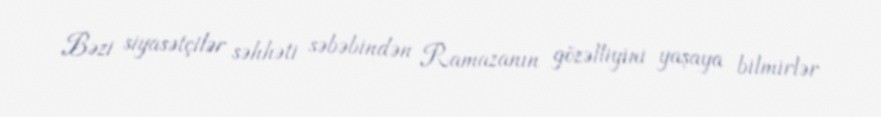
Bəzi siyasətçilər səhhəti səbəbindən Ramazanın gözəlliyini yaşaya bilmirlər